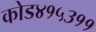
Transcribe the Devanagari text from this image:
कोड४१५३११